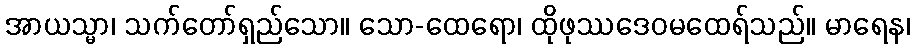
အာယသ္မာ၊ သက်တော်ရှည်သော။ သော-ထေရော၊ ထိုဖုဿဒေဝမထေရ်သည်။ မာရေန၊